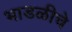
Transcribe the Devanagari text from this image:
भाडळीचे